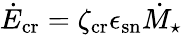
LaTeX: \dot{E}_{\mathrm{cr}}=\zeta_{\mathrm{cr}}\epsilon_{\mathrm{sn}}\dot{M}_{\star}